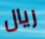
ريال